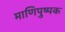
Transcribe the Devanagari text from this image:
माणिपुष्पक